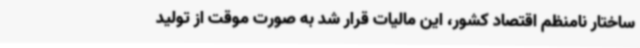
ساختار نامنظم اقتصاد کشور، این مالیات قرار شد به صورت موقت از تولید